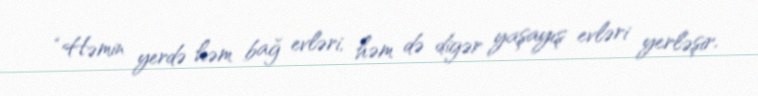
“Həmin yerdə həm bağ evləri, həm də digər yaşayış evləri yerləşir.